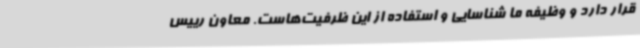
قرار دارد و وظیفه ما شناسایی و استفاده از این ظرفیت‌هاست. معاون رییس